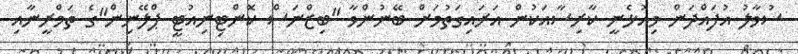
ސުވާލު އުފައްދަން މިއުޅެނީ ކާރިސާއަކުން އަރައިގަތުމަށް ބޭނުންވާ "ބިޒްނަސް ކޮންޓިނިއުޓީ ޕްލޭނިން"ގެ ތަމްރީނާއި